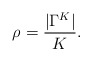
\begin{align*}\rho_{} = \frac{|\Gamma^K|}{K}.\end{align*}